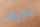
تعرف